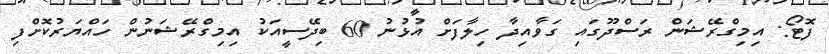
ފޮޓޯ: އިމިގްރޭޝަން ރަސްދޫގައި ގަވާއިދާ ހިލާފަށް އުޅުނު 60 ބިދޭސީއަކު އިމިގްރޭޝަނުން ހައްޔަރުކޮށްފި